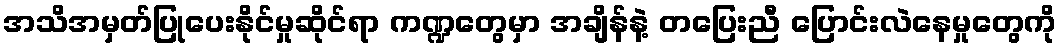
အသိအမှတ်ပြုပေးနိုင်မှုဆိုင်ရာ ကဏ္ဍတွေမှာ အချိန်နဲ့ တပြေးညီ ပြောင်းလဲနေမှုတွေကို